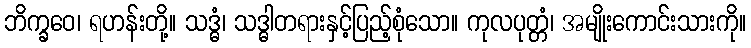
ဘိက္ခဝေ၊ ရဟန်းတို့။ သဒ္ဓံ၊ သဒ္ဓါတရားနှင့်ပြည့်စုံသော။ ကုလပုတ္တံ၊ အမျိုးကောင်းသားကို။